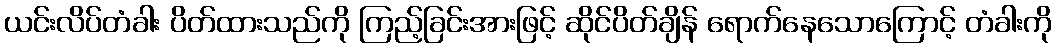
ယင်းလိပ်တံခါး ပိတ်ထားသည်ကို ကြည့်ခြင်းအားဖြင့် ဆိုင်ပိတ်ချိန် ရောက်နေသောကြောင့် တံခါးကို